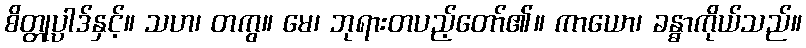
စိတ္တုပ္ပါဒ်နှင့်။ သဟ၊ တကွ။ မေ၊ ဘုရားတပည့်တော်၏။ ကာယော၊ ခန္ဓာကိုယ်သည်။